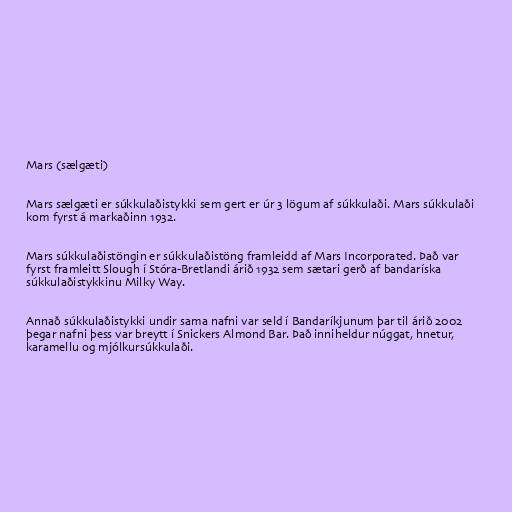
Mars (sælgæti)

Mars sælgæti er súkkulaðistykki sem gert er úr 3 lögum af súkkulaði. Mars súkkulaði
kom fyrst á markaðinn 1932.

Mars súkkulaðistöngin er súkkulaðistöng framleidd af Mars Incorporated. Það var
fyrst framleitt Slough í Stóra-Bretlandi árið 1932 sem sætari gerð af bandaríska
súkkulaðistykkinu Milky Way.

Annað súkkulaðistykki undir sama nafni var seld í Bandaríkjunum þar til árið 2002
þegar nafni þess var breytt í Snickers Almond Bar. Það inniheldur núggat, hnetur,
karamellu og mjólkursúkkulaði.